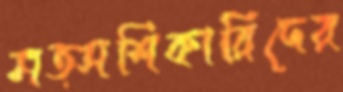
মত্সশিকারিদের